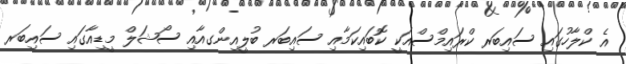
އެ ކްލާހުގައި ސައިބަރ ކްރައިމްސްއަކީ ކޮބައިކަމާއި ސައިބަރ ބުލީއިންގއާއި ސޯޝަލް މީޑިއާގައި ސައިބަރ